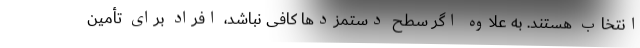
انتخاب هستند. به علاوه اگر سطح دستمزدها کافی نباشد، افراد برای تأمین